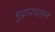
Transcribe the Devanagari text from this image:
मुद्राप्रचलन